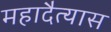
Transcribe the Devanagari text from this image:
महादैत्यास